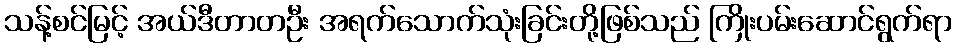
သန့်စင်မြင့် အယ်ဒီတာတဦး အရက်သောက်သုံးခြင်းတို့ဖြစ်သည် ကြိုးပမ်းဆောင်ရွက်ရာ